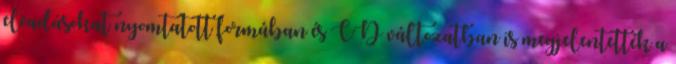
elõadásokat nyomtatott formában és CD változatban is megjelentették a